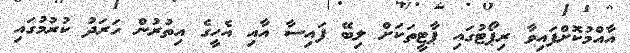
އާއްމުކޮށްފައިވާ ރިޕޯޓުގައި ޕާޓީތަކަށް ލިބޭ ފައިސާ އާއި އެހީގެ އިތުރުން ހަރަދު ކުރުމުގައި